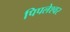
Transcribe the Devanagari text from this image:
पिपलेश्वर